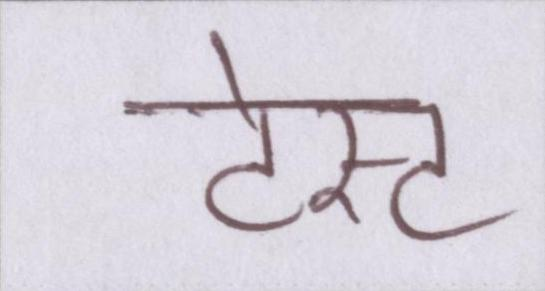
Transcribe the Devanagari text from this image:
टेस्ट